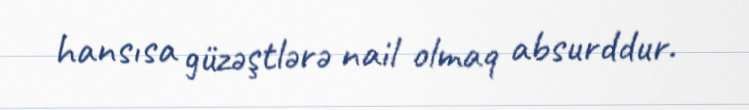
hansısa güzəştlərə nail olmaq absurddur.